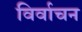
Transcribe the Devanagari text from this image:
विर्वाचन